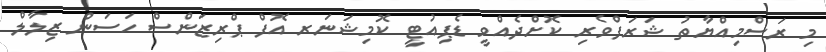
މި ރަސްމިއްޔާތު ޝަރަފްވެރި ކޮށްދެއްވީ ޑެޕިއުޓީ ކޮމިޝަނަރ އޮފް ޕްރިޒަންސް ހަސަން ޒިލާލް